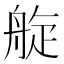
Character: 𦩂